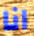
انا